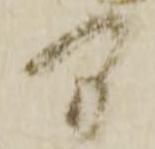
間